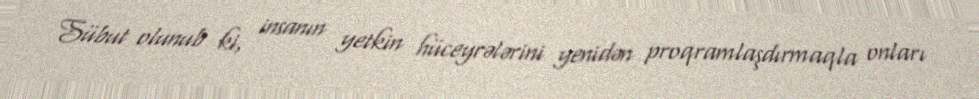
Sübut olunub ki, insanın yetkin hüceyrələrini yenidən proqramlaşdırmaqla onları